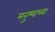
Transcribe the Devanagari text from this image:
मनु्ष्याच्या